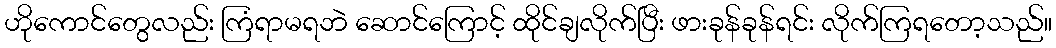
ဟိုကောင်တွေလည်း ကြံရာမရဘဲ ဆောင်ကြောင့် ထိုင်ချလိုက်ပြီး ဖားခုန်ခုန်ရင်း လိုက်ကြရတော့သည်။